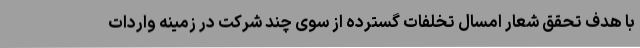
با هدف تحقق شعار امسال تخلفات گسترده از سوی چند شرکت در زمینه واردات